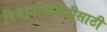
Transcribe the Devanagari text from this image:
विमाननिर्मितीसाठी